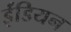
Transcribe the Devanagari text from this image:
ईंडियन